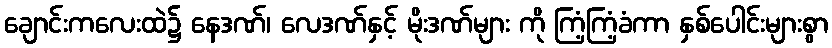
ချောင်းကလေးထဲ၌ နေဒဏ်၊ လေဒဏ်နှင့် မိုးဒဏ်များ ကို ကြံ့ကြံ့ခံကာ နှစ်ပေါင်းများစွာ